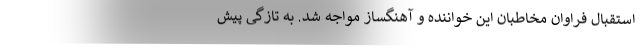
استقبال فراوان مخاطبان این خواننده و آهنگساز مواجه شد. به تازگی پیش